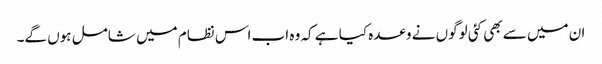
ان میں سے بھی کئی لوگوں نے وعدہ کیا ہے کہ وہ اب اس نظام میں شامل ہوں گے۔